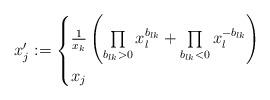
LaTeX: \begin{align*} x'_j := \begin{cases} \frac{1}{x_k} \left( \prod\limits_{\substack{b_{lk}>0}} x_l^{b_{lk}} + \prod\limits_{\substack{b_{lk}<0}} x_l^{-b_{lk}} \right) & \\ x_j & \end{cases} \end{align*}